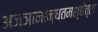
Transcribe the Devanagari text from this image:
अज्ञानान्धतमश्छेत्ता